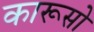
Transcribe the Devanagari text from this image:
कारूसो